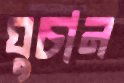
ঘুচান